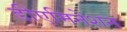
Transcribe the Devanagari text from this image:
डीएमिनेशन